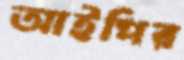
আইপির